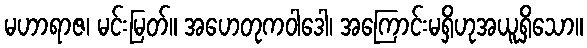
မဟာရာဇ၊ မင်းမြတ်။ အဟေတုကဝါဒေါ၊ အကြောင်းမရှိဟုအယူရှိသော။